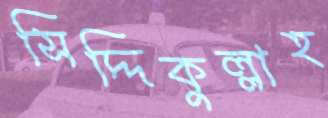
সিদ্দিকুল্লাহ